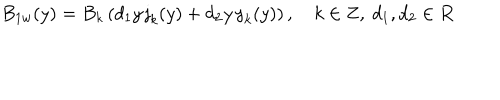
B _ { 1 w } ( y ) = B _ { k } \left( d _ { 1 } y \, \mathsf { j } _ { k } ( y ) + d _ { 2 } y \, \mathsf { y } _ { k } ( y ) \right) , \quad k \in \mathbf { Z } , \ d _ { 1 } , d _ { 2 } \in \mathbf { R }